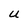
Character: U